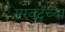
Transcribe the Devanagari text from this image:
सरवदेंच्या